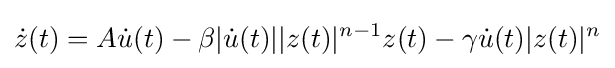
{\dot {z}}(t)=A{\dot {u}}(t)-\beta |{\dot {u}}(t)||z(t)|^{n-1}z(t)-\gamma {\dot {u}}(t)|z(t)|^{n}